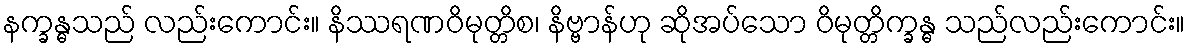
နက္ခန္ဓသည် လည်းကောင်း။ နိဿရဏဝိမုတ္တိစ၊ နိဗ္ဗာန်ဟု ဆိုအပ်သော ဝိမုတ္တိက္ခန္ဓ သည်လည်းကောင်း။